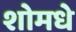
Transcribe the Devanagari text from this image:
शोमधे